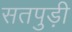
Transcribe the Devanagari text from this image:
सतपुड़ी